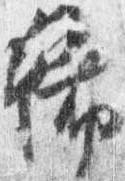
稀